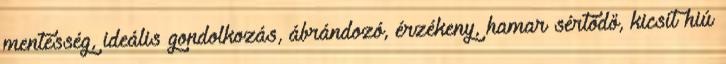
mentesség, ideális gondolkozás, ábrándozó, érzékeny, hamar sértődő, kicsit hiú